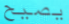
يصيح